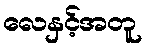
လေနှင့်အတူ